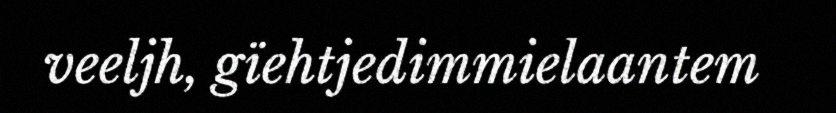
veeljh, gïehtjedimmielaantem